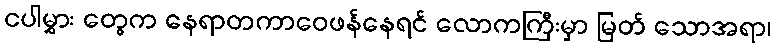
ငပါမွှား တွေက နေရာတကာဝေဖန်နေရင် လောကကြီးမှာ မြတ် သောအရာ၊